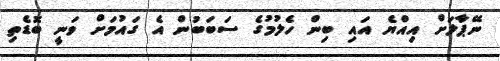
ނޭޕާލަށް އިއްޔެ އައި ބިން ހެލުމުގެ ސަބަބުން އެ ގައުމަށް ވަނީ ބޮޑެތި